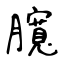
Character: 臗